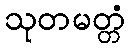
သုတမတ္တံ